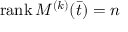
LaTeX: \operatorname { r a n k } M ^ { ( k ) } ( { \bar { t } } ) = n